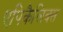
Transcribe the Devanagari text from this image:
एपिकैलिक्स